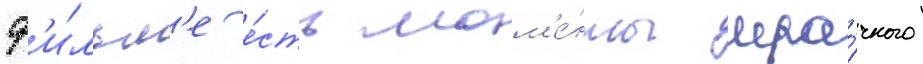
ф'и́льм'е е́сть мом'е́нты мра́чного